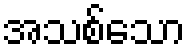
အသစ်သော